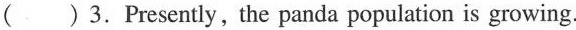
( ) 3.Presently, the panda population is growing.